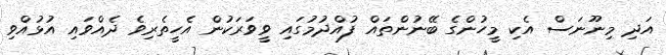
އަދި މިނޫނަސް އެކި މީހުންގެ ބޭނުންތައް ފުއްދުމުގައި ވީވަރަކުން އެހީތެރިވެ ދެއްވައި އުޅުއްވި